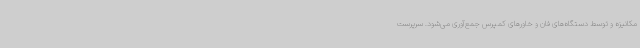
مکانیزه و توسط دستگاه‌های فان و خاورهای کمپرس جمع‌آوری می‌شود. سرپرست